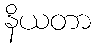
နိယတာ